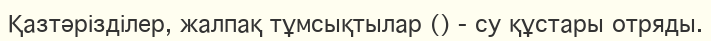
Қазтәрізділер, жалпақ тұмсықтылар () - су құстары отряды.